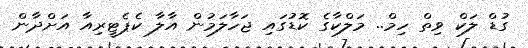
ގުޑް ލަކް ވިތް ހިމް.. މަލްކާގެ ކޮޑުގައި ޖަހާލަމުން އާލާ ކެޕެޓީރިއާ އަށްދާން